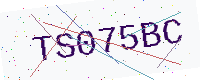
Text: TS075BC